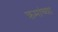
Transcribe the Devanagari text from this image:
क्रमांच्या